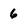
Character: 6